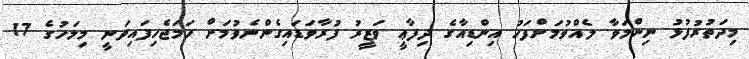
މިދަތުރުފުޅު ނިންމަވާ ލެއްވުމަށްފަހު އިންޑިއާގެ ދިފާޢީ ވަޒީރު ފުރާވަޑައިގެންނެވުމަށް ހަމަޖެހިފައިވަނީ މިމަހުގެ 17